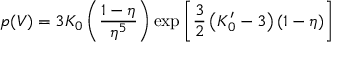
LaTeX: p ( V ) = 3 K _ { 0 } \left( { \frac { 1 - \eta } { \eta ^ { 5 } } } \right) \exp \left[ { \frac { 3 } { 2 } } \left( K _ { 0 } ^ { \prime } - 3 \right) ( 1 - \eta ) \right]